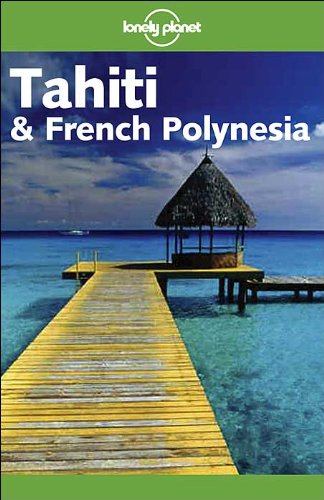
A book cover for Lonely Planet Tahiti & French Polynesia (Lonely Planet Tahiti and French Polynesia); Hilary Rogers; Travel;